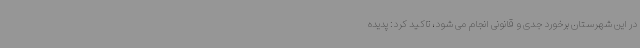
در این شهرستان برخورد جدی و قانونی انجام می شود، تاکید کرد: پدیده